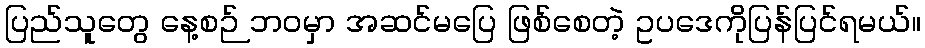
ပြည်သူတွေ နေ့စဉ် ဘဝမှာ အဆင်မပြေ ဖြစ်စေတဲ့ ဥပဒေကိုပြန်ပြင်ရမယ်။